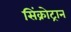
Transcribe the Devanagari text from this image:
सिंक्रोट्रान